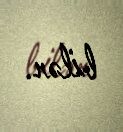
bilər.